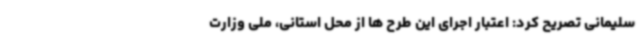
سلیمانی تصریح کرد: اعتبار اجرای این طرح ها از محل استانی، ملی وزارت